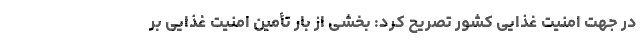
در جهت امنیت غذایی کشور تصریح کرد: بخشی از بار تأمین امنیت غذایی بر